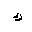
Letter: _kaf